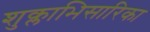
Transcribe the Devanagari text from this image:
शुक्लाभिसारिका